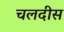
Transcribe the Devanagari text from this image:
चलदीस